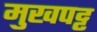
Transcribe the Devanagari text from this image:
मुखपट्ट